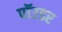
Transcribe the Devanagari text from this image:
पॉउडर